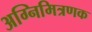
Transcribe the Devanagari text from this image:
अग्निमित्रणक